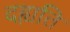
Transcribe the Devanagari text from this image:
दह्यति